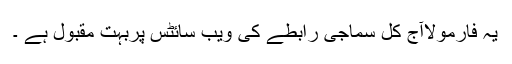
یہ فارمولاآج کل سماجی رابطے کی ویب سائٹس پربہت مقبول ہے ۔